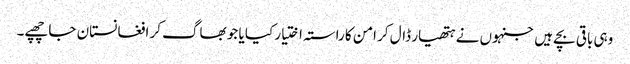
وہی باقی بچے ہیں جنہوں نے ہتھیار ڈال کر امن کا راستہ اختیار کیا یا جو بھاگ کر افغانستان جا چھپے۔